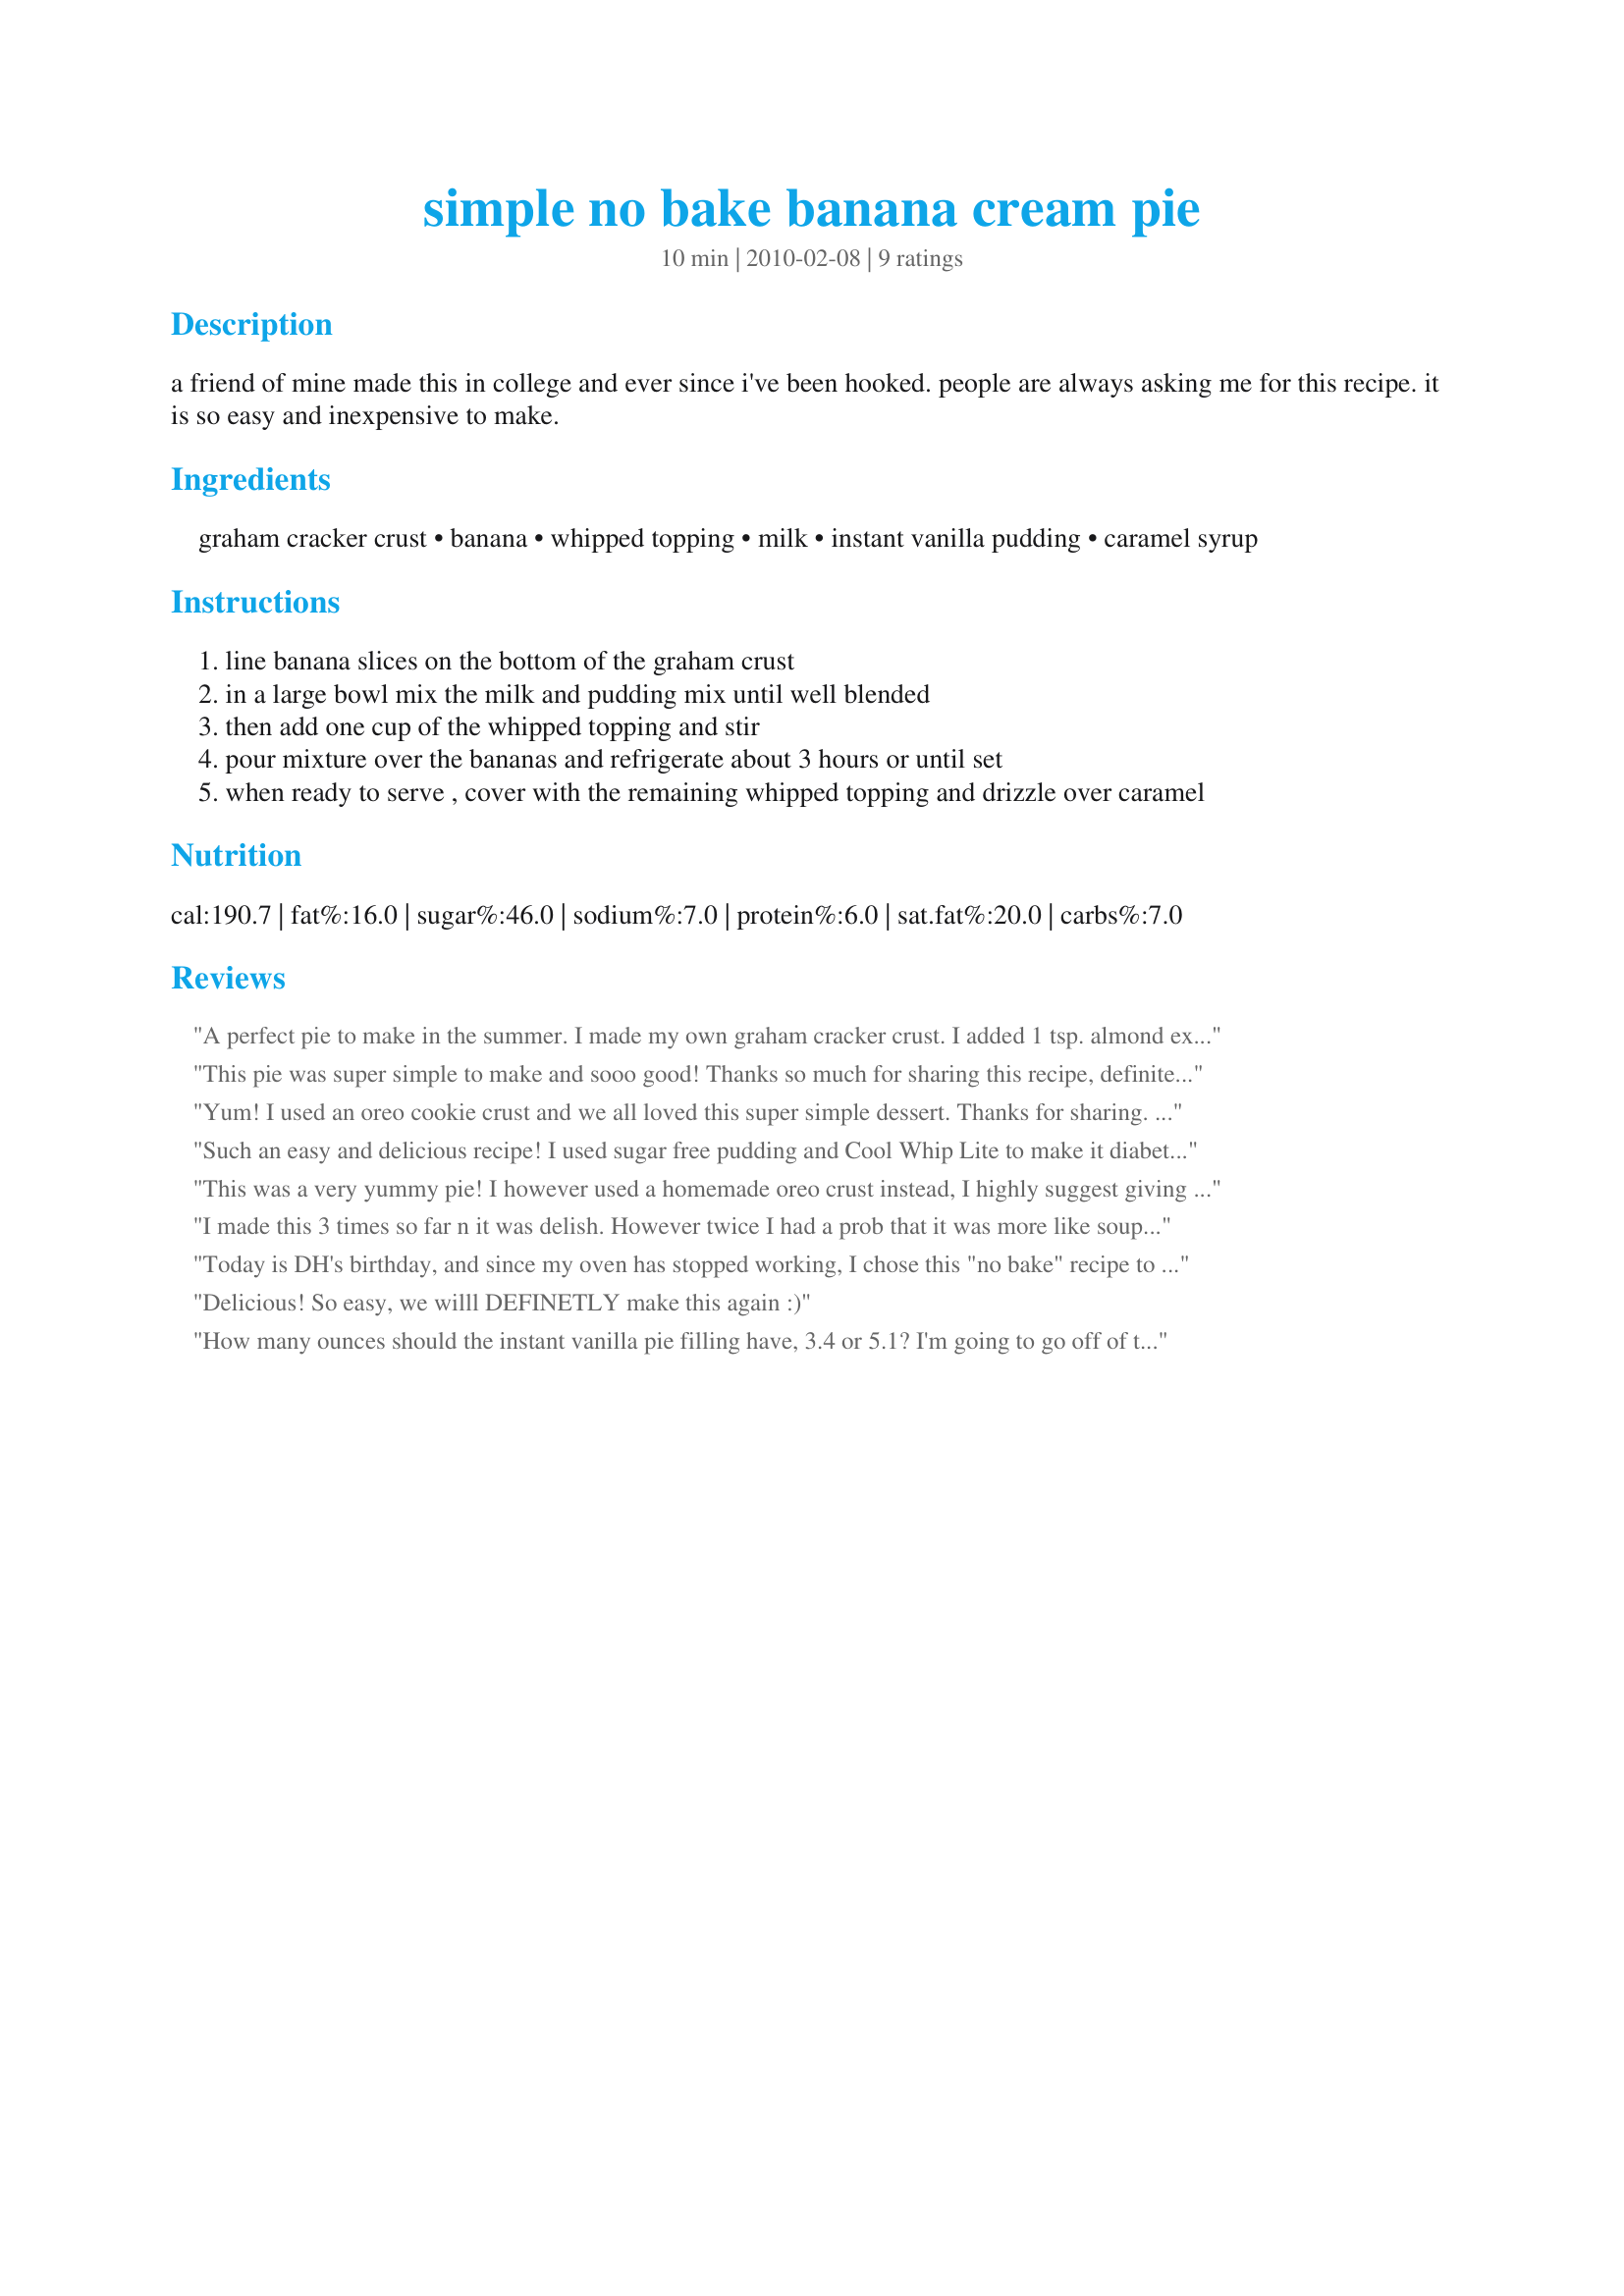
simple no bake banana cream pie
Preparation time: 10 minutes

a friend of mine made this in college and ever since i've been hooked. people are always asking me for this recipe. it is so easy and inexpensive to make.

Ingredients:
graham cracker crust, banana, whipped topping, milk, instant vanilla pudding, caramel syrup

Steps:
line banana slices on the bottom of the graham crust
in a large bowl mix the milk and pudding mix until well blended
then add one cup of the whipped topping and stir
pour mixture over the bananas and refrigerate about 3 hours or until set
when ready to serve , cover with the remaining whipped topping and drizzle over caramel

Reviews:
A perfect pie to make in the summer. I made my own graham cracker crust. I added 1 tsp. almond extract to the filling. This gave the pie a little something extra. Then I sprinkled some shredded coconut over the top and put it in the refrigerator. I did use SF vanilla pudding. It was quite tasty and I would make it again. I baked the crust before adding the filling. Used my large Kitchen-Aid toaster oven at about 325 for about 8-10 min. until crust was light brown. Cool before adding the filling. You could even use a chocolate crumb or shortbread crust - yum!
This pie was super simple to make and sooo good! Thanks so much for sharing this recipe, definitely a keeper :)
Yum! I used an oreo cookie crust and we all loved this super simple dessert. Thanks for sharing. Made for Zaar Chef Alphabet Soup Tag.
Such an easy and delicious recipe! I used sugar free pudding and Cool Whip Lite to make it diabetic friendly. Thanks for sharing Spork. Made for Pick A Chef Spring 2011.
This was a very yummy pie! I however used a homemade oreo crust instead, I highly suggest giving that a try! This is such an easy dessert to make as well.
I made this 3 times so far n it was delish. However twice I had a prob that it was more like soup n wouldn&#039;t harden. First time I thought i put too much milk. 2nd time it was perfect. Just made it again n it was liquidy again. I&#039;m thinking the issue is the cool whip wasn&#039;t thawed. I was rushing so I didn&#039;t think of that. Could that be the problem?
Today is DH's birthday, and since my oven has stopped working, I chose this "no bake" recipe to replace his favourite birthday cake. He was delighted with it! I used real whipping cream because I don't like Cool Whip and used fat free pudding mixes. I also diced some extra banana so that it was throughout the pie as opposed to on the bottom only. Thx for this super easy recipe!
Delicious! So easy, we willl DEFINETLY make this again :)
How many ounces should the instant vanilla pie filling have, 3.4 or 5.1? I'm going to go off of the actual pudding box directions just to be safe!
